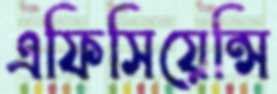
এফিসিয়েন্সি